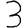
Digit: 3